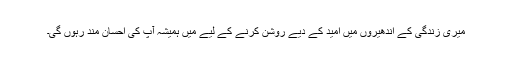
میری زندگی کے اندھیروں میں امید کے دیے روشن کرنے کے لیے میں ہمیشہ آپ کی احسان مند رہوں گی۔